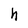
Character: h